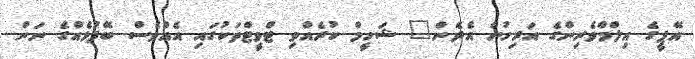
އޭޕީގެ އިލްމްވެރިންގެ އަރިހުން އެދެން" ޝަހީމް ކުރެއްވި ޓްވީޓްތަކުގައި އެއްވެސް ބޭފުޅެއްގެ ނަން